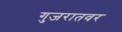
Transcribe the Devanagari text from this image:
गुजरातवर